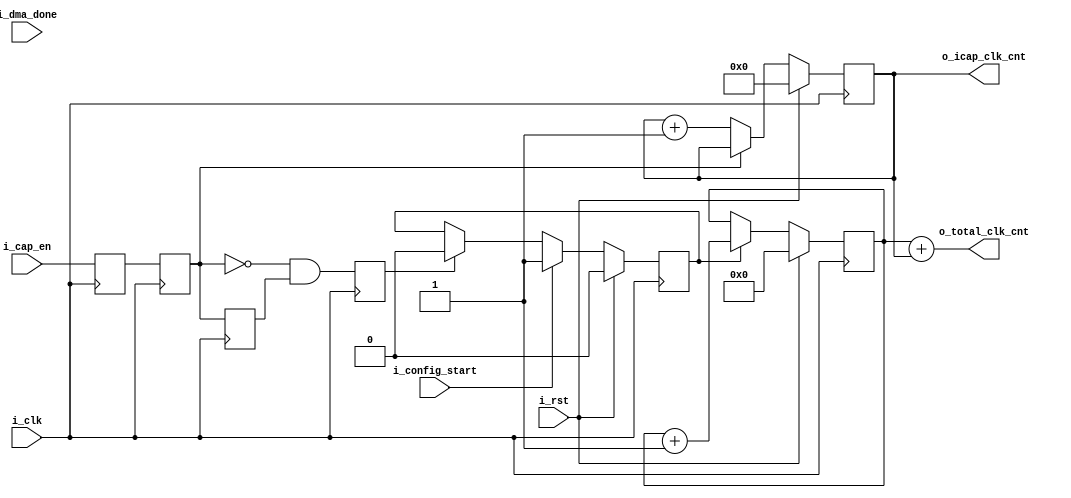
module statistics(
input    wire        i_clk,
input    wire        i_rst,
input    wire        i_config_start,
input    wire        i_cap_en,
input    wire        i_dma_done,
output   reg  [19:0] o_icap_clk_cnt,
output   wire [19:0] o_total_clk_cnt
);

reg  icap_en_rise = 0;
reg  icap_en_sync1 = 0;
reg  icap_en_sync2 = 0;
reg  delayed_i_cap_en = 0;
reg  clock_run; 
reg  icap_en_fall = 0;
reg [18:0] total_clk_cnt;

assign o_total_clk_cnt = total_clk_cnt + o_icap_clk_cnt;

always @(posedge i_clk)
begin
    icap_en_sync1  <=   i_cap_en;     
    icap_en_sync2  <=   icap_en_sync1;
	delayed_i_cap_en <= icap_en_sync2;
	icap_en_rise <=     icap_en_sync2 & ~delayed_i_cap_en;
	icap_en_fall <=     ~icap_en_sync2 & delayed_i_cap_en;
end

always @(posedge i_clk)
begin
    if(i_rst)
	    o_icap_clk_cnt  <=  0;
	else
    begin
	    if(~icap_en_sync2)
		    o_icap_clk_cnt <= o_icap_clk_cnt + 1;
    end	
end

always @(posedge i_clk)
begin
    if(i_rst)
	begin
	    clock_run <= 1'b0;    
	end
	else
	begin
		if(i_config_start)	
		    clock_run <= 1'b1;
		else if(icap_en_fall)
		    clock_run <= 1'b0;
	end
end

always @(posedge i_clk)
begin
    if(i_rst)
	    total_clk_cnt <= 0;
	else
    begin	
        if(clock_run)
		    total_clk_cnt <= total_clk_cnt +1;    
	end		    
end

endmodule